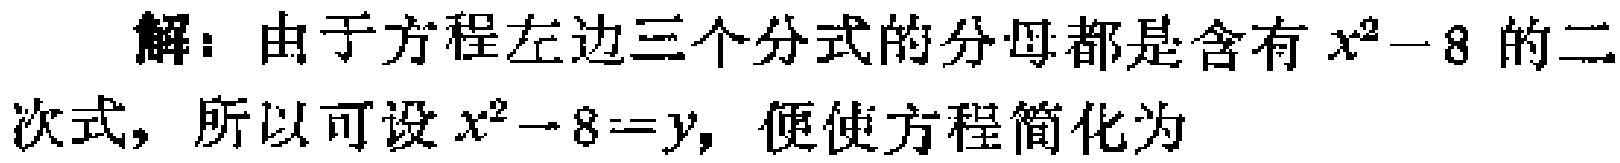
解：由于方程左边三个分式的分母都是含有\(x^{2}-8\)的二次式，所以可设\(x^{2}-8 = y\)，便使方程简化为